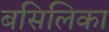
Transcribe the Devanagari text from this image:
बसिलिका